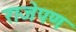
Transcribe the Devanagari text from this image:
राजेपण